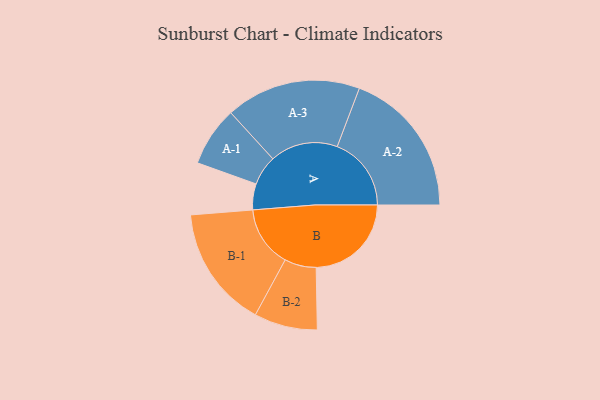
{"axis": {"x": "Segment", "y": "Value"}, "legend": ["", "A", "B"], "data": [{"x": "A", "y": 101, "type": ""}, {"x": "B", "y": 370, "type": ""}, {"x": "A-1", "y": 116, "type": "A"}, {"x": "A-2", "y": 288, "type": "A"}, {"x": "A-3", "y": 263, "type": "A"}, {"x": "B-1", "y": 237, "type": "B"}, {"x": "B-2", "y": 123, "type": "B"}]}